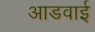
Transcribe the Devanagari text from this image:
आडवाई